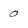
Character: 0